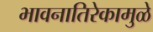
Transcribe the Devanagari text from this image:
भावनातिरेकामुळे